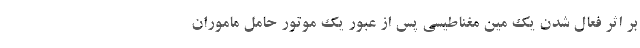
بر اثر فعال شدن یک مین مغناطیسی پس از عبور یک موتور حامل ماموران